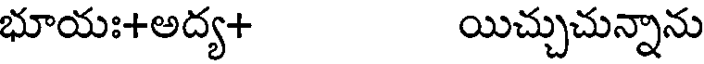
భూయః+అద్య+ యిచ్చుచున్నాను